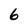
Character: 6